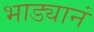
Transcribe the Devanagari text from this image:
भाड्यानं